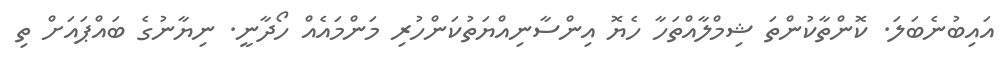
އައިބުނެބަލަ. ކޮންތާކުންތަ ޝިމްލާއްތަހާ ހެޔޮ އިންސާނިއްޔަތުކަންހުރި މަންމައެއް ހޯދާނީ. ނިޔާނުގެ ބައްޕައަށް ތި